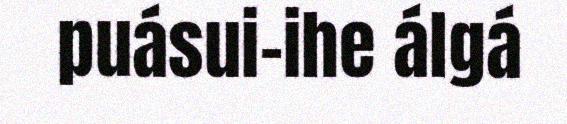
puásui-ihe álgá